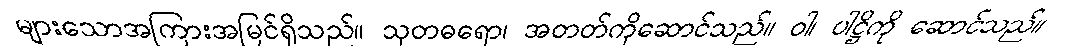
များသောအကြားအမြင်ရှိသည်။ သုတဓရော၊ အတတ်ကိုဆောင်သည်။ ဝါ၊ ပါဋ္ဌိကို ဆောင်သည်။